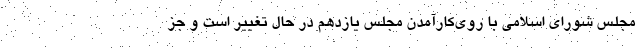
مجلس شورای اسلامی با روی‌کارآمدن مجلس یازدهم در حال تغییر است و جز